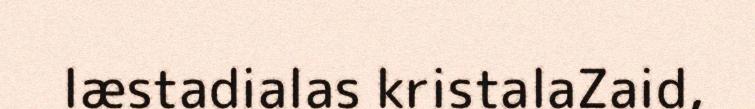
læstadialas kristalaZaid,